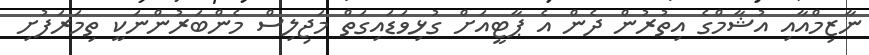
ނާޒިމްއާއި އުޝާމްގެ އިތުރުން ދެން އެ ޕާޓީއަށް ގުޅިވަޑައިގަތް މަޖިލިސް މެންބަރުންނަކީ ތިމަރަފުށި